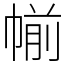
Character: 㡐